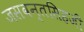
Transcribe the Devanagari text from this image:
जसवन्तसिहजी